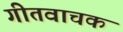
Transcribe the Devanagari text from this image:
गीतवाचक